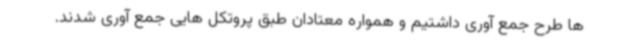
ها طرح جمع آوری داشتیم و همواره معتادان طبق پروتکل هایی جمع آوری شدند.